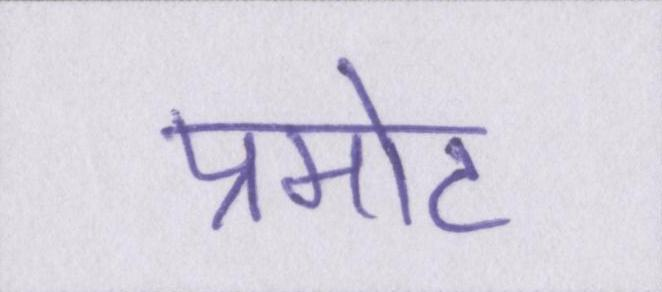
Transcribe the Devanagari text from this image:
प्रमोट